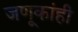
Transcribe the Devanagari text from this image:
जणूकांही